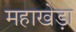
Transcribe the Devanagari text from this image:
महाखेड़ा